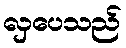
လှပေသည်